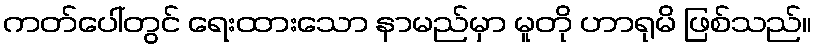
ကတ်ပေါ်တွင် ရေးထားသော နာမည်မှာ မူတို ဟာရုမိ ဖြစ်သည်။